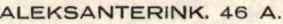
ALEKSANTERINK. 46 A.